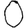
Digit: 0